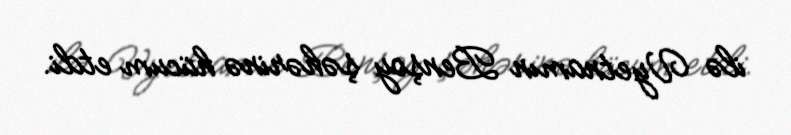
ilə Vyetnamın Benşoy şəhərinə hücum etdi.